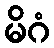
မိဂံ